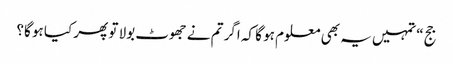
جج “تمہیں یہ بھی معلوم ہو گا کہ اگر تم نے جھوٹ بولا تو پھر کیا ہو گا؟